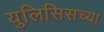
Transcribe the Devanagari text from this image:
युलिसिसच्या